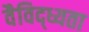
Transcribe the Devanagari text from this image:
वैविद्ध्यता